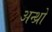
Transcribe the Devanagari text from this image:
अन्थ्रो